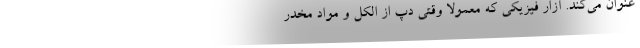
عنوان می‌کند. آزار فیزیکی که معمولاً وقتی دپ از الکل و مواد مخدر